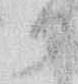
か